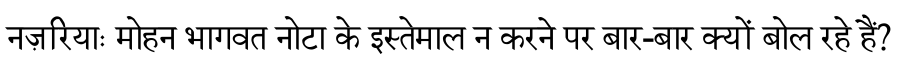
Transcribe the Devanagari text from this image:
नज़रियाः मोहन भागवत नोटा के इस्तेमाल न करने पर बार-बार क्यों बोल रहे हैं?